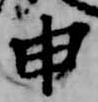
申